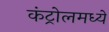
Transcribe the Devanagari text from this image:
कंट्रोलमध्ये